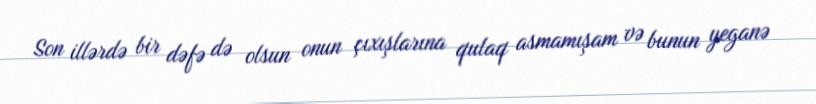
Son illərdə bir dəfə də olsun onun çıxışlarına qulaq asmamışam və bunun yeganə